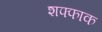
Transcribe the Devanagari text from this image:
शफ्फाक